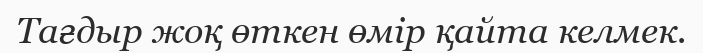
Тағдыр жоқ өткен өмір қайта келмек.